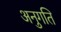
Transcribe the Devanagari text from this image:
अनुगति